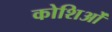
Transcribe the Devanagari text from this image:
कोशिओं